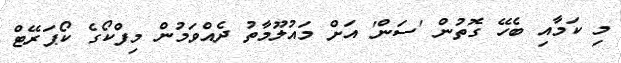
މި ކަމާއި ބެހޭ ގޮތުން 'ސަން' އަށް މައުލޫމާތު ދެއްވަމުން މިފްކޯގެ ކޯޕަރޭޓް